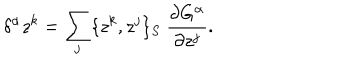
\delta ^ { \alpha } z ^ { k } = \sum _ { j } \{ z ^ { k } , z ^ { j } \} _ { S } \ \frac { \partial G ^ { \alpha } } { \partial z ^ { j } } .